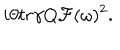
LaTeX: i \theta t r \gamma Q { \cal F } ( \omega ) ^ { 2 } .